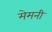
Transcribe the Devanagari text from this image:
मेमनी